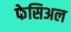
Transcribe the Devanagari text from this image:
फेसिअल